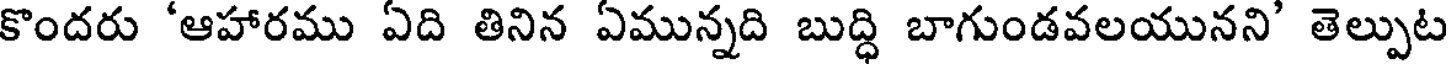
కొందరు 'ఆహారము ఏది తినిన ఏమున్నది బుద్ధి బాగుండవలయునని' తెల్పుట